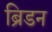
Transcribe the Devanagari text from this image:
ब्रिडन